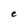
Character: e